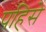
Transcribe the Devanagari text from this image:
पहिसे